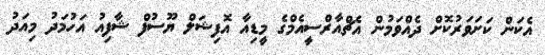
އެކަން ކަށަވަރުކޮށް ދެއްވަމުން އެޗްއާރްސީއެމްގެ މީޑިއާ އޮފިޝަލް ޔޫސުފް ޝާފިއު އަހުމަދު މިއަދު